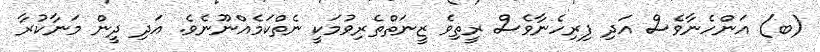
(ބ) އަންހެނާވެސް އަދި ފިރިހެނާވެސް ރީތިވެ ޒީނަތްތެރިވުމަކީ ނެތްކަމެއްނޫނެވެ. އަދި ދީން މަނާކުރާ